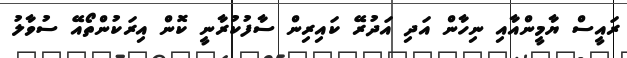
ރައީސް ޔާމީންއާއި ނިހާން އަދި އަދުރޭ ކައިރިން ސާފުކުރާނީ ކޮން އިރަކުންތޯއޭ ސުވާލު